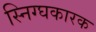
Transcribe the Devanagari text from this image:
स्निग्घकारक